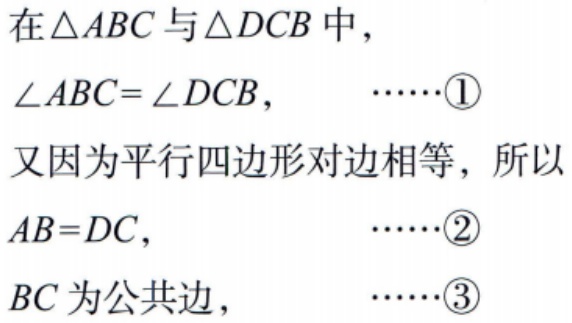
在\(\triangle ABC\)与\(\triangle DCB\)中，

\(\angle ABC = \angle DCB,\ \ \ \ \ \cdots\cdots\textcircled{1}\)

又因为平行四边形对边相等，所以

\(AB = DC,\ \ \ \ \ \ \ \ \ \ \cdots\cdots\textcircled{2}\)

\(BC\)为公共边, \(\ \ \ \ \ \ \cdots\cdots\textcircled{3}\)